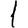
Digit: 1